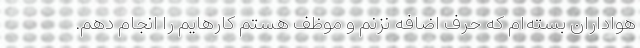
هواداران بسته‌ام که حرف اضافه نزنم و موظف هستم کارهایم را انجام دهم.